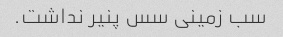
سب زمینی سس پنیر نداشت.